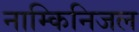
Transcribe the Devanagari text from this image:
नाम्किनिजल